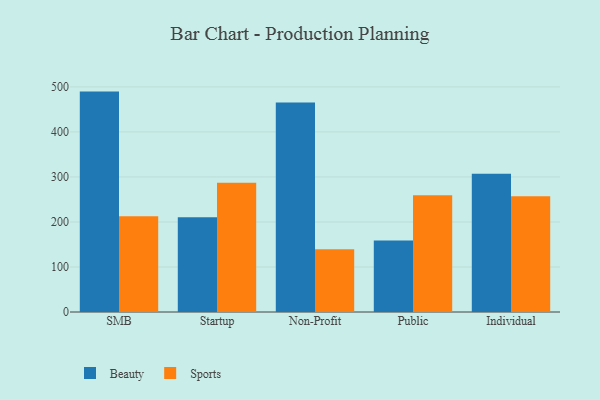
{"axis": {"x": "Segment", "y": "Page Views"}, "legend": ["Beauty", "Sports"], "data": [{"x": "SMB", "y": 489.6, "type": "Beauty"}, {"x": "SMB", "y": 212.7, "type": "Sports"}, {"x": "Startup", "y": 210.7, "type": "Beauty"}, {"x": "Startup", "y": 287.1, "type": "Sports"}, {"x": "Non-Profit", "y": 465.5, "type": "Beauty"}, {"x": "Non-Profit", "y": 139.2, "type": "Sports"}, {"x": "Public", "y": 159.1, "type": "Beauty"}, {"x": "Public", "y": 259.6, "type": "Sports"}, {"x": "Individual", "y": 307.0, "type": "Beauty"}, {"x": "Individual", "y": 257.0, "type": "Sports"}]}